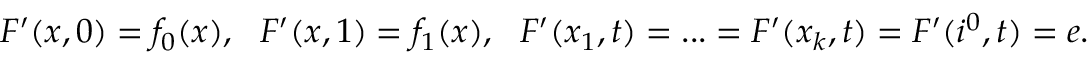
F ^ { \prime } ( x , 0 ) = f _ { 0 } ( x ) , \: \: \: F ^ { \prime } ( x , 1 ) = f _ { 1 } ( x ) , \: \: \: F ^ { \prime } ( x _ { 1 } , t ) = . . . = F ^ { \prime } ( x _ { k } , t ) = F ^ { \prime } ( i ^ { 0 } , t ) = e .